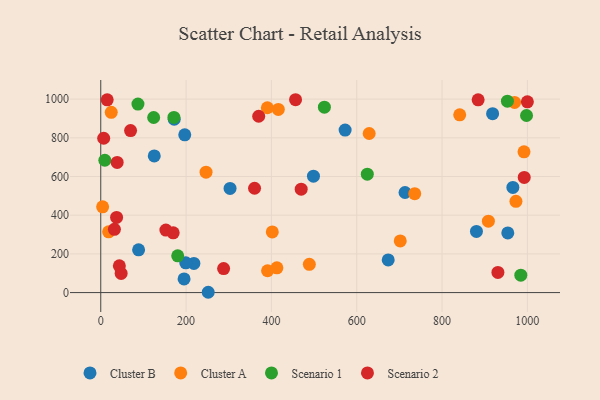
{"axis": {"x": "Ad Spend", "y": "Salary"}, "legend": ["Cluster A", "Cluster B", "Scenario 1", "Scenario 2"], "data": [{"x": "88.7", "y": 221.1, "type": "Cluster B"}, {"x": "218.3", "y": 150.8, "type": "Cluster B"}, {"x": "918.5", "y": 925.0, "type": "Cluster B"}, {"x": "572.8", "y": 840.1, "type": "Cluster B"}, {"x": "498.6", "y": 601.9, "type": "Cluster B"}, {"x": "196.9", "y": 815.3, "type": "Cluster B"}, {"x": "199.3", "y": 154.0, "type": "Cluster B"}, {"x": "195.3", "y": 70.8, "type": "Cluster B"}, {"x": "251.9", "y": 1.6, "type": "Cluster B"}, {"x": "303.1", "y": 538.4, "type": "Cluster B"}, {"x": "673.8", "y": 168.9, "type": "Cluster B"}, {"x": "880.6", "y": 316.0, "type": "Cluster B"}, {"x": "125.4", "y": 706.5, "type": "Cluster B"}, {"x": "966.0", "y": 543.5, "type": "Cluster B"}, {"x": "172.2", "y": 896.1, "type": "Cluster B"}, {"x": "954.1", "y": 308.5, "type": "Cluster B"}, {"x": "713.2", "y": 517.3, "type": "Cluster B"}, {"x": "908.6", "y": 369.4, "type": "Cluster A"}, {"x": "4.4", "y": 443.1, "type": "Cluster A"}, {"x": "391.0", "y": 113.0, "type": "Cluster A"}, {"x": "416.2", "y": 946.6, "type": "Cluster A"}, {"x": "973.2", "y": 472.0, "type": "Cluster A"}, {"x": "24.6", "y": 932.1, "type": "Cluster A"}, {"x": "841.4", "y": 919.0, "type": "Cluster A"}, {"x": "488.9", "y": 146.2, "type": "Cluster A"}, {"x": "970.0", "y": 983.3, "type": "Cluster A"}, {"x": "629.2", "y": 822.5, "type": "Cluster A"}, {"x": "246.8", "y": 622.5, "type": "Cluster A"}, {"x": "735.9", "y": 511.5, "type": "Cluster A"}, {"x": "412.9", "y": 127.8, "type": "Cluster A"}, {"x": "992.1", "y": 727.7, "type": "Cluster A"}, {"x": "390.5", "y": 955.5, "type": "Cluster A"}, {"x": "402.1", "y": 313.8, "type": "Cluster A"}, {"x": "18.5", "y": 314.3, "type": "Cluster A"}, {"x": "702.0", "y": 267.0, "type": "Cluster A"}, {"x": "953.2", "y": 989.5, "type": "Scenario 1"}, {"x": "87.2", "y": 974.6, "type": "Scenario 1"}, {"x": "998.0", "y": 915.5, "type": "Scenario 1"}, {"x": "624.8", "y": 612.2, "type": "Scenario 1"}, {"x": "171.5", "y": 905.7, "type": "Scenario 1"}, {"x": "124.0", "y": 905.1, "type": "Scenario 1"}, {"x": "524.2", "y": 958.4, "type": "Scenario 1"}, {"x": "180.4", "y": 190.0, "type": "Scenario 1"}, {"x": "984.6", "y": 89.9, "type": "Scenario 1"}, {"x": "9.6", "y": 684.1, "type": "Scenario 1"}, {"x": "370.2", "y": 911.7, "type": "Scenario 2"}, {"x": "288.0", "y": 124.0, "type": "Scenario 2"}, {"x": "38.5", "y": 673.1, "type": "Scenario 2"}, {"x": "47.8", "y": 99.1, "type": "Scenario 2"}, {"x": "37.1", "y": 388.4, "type": "Scenario 2"}, {"x": "1000.0", "y": 986.4, "type": "Scenario 2"}, {"x": "6.9", "y": 797.9, "type": "Scenario 2"}, {"x": "884.6", "y": 996.4, "type": "Scenario 2"}, {"x": "15.1", "y": 996.4, "type": "Scenario 2"}, {"x": "469.8", "y": 534.5, "type": "Scenario 2"}, {"x": "169.8", "y": 308.8, "type": "Scenario 2"}, {"x": "992.6", "y": 595.2, "type": "Scenario 2"}, {"x": "43.6", "y": 138.2, "type": "Scenario 2"}, {"x": "32.0", "y": 327.1, "type": "Scenario 2"}, {"x": "930.9", "y": 104.0, "type": "Scenario 2"}, {"x": "360.5", "y": 539.3, "type": "Scenario 2"}, {"x": "152.7", "y": 323.1, "type": "Scenario 2"}, {"x": "456.6", "y": 997.0, "type": "Scenario 2"}, {"x": "69.9", "y": 837.3, "type": "Scenario 2"}]}